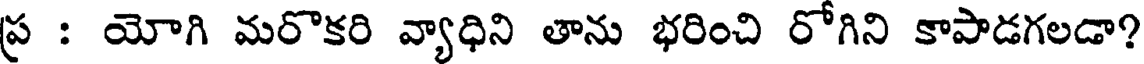
ప్ర : యోగి మరొకరి వ్యాధిని తాను భరించి రోగిని కాపాడగలడా?